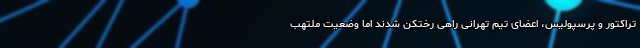
تراکتور و پرسپولیس، اعضای تیم تهرانی راهی رختکن شدند اما وضعیت ملتهب